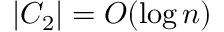
| C _ { 2 } | = O ( \log n )